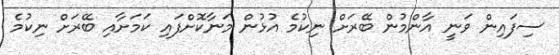
ސިފައިން ވަނީ އާންމުން ބޭރަށް ނިކުމެ އުޅުން މަނާކޮށްފައި ކަމަށާއި ބޭރަށް ނިކުމެ